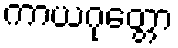
ကာယဂုတ္တော